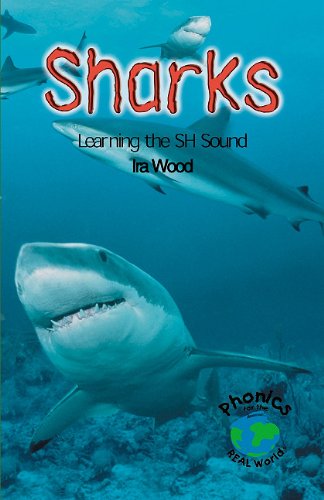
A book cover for Sharks: Learning the Sh Sound (Power Phonics/Phonics for the Real World); Ira Wood; Sports & Outdoors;